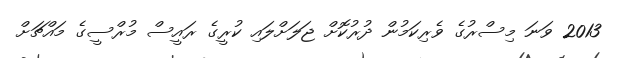
2013 ވަނަ މިސްރުގެ ވެރިކަމުން ދުރުކޮށް ޖަލަށްލައި ކުރީގެ ރައީސް މުރްސީގެ މައްޗަށް